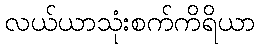
လယ်ယာသုံးစက်ကိရိယာ